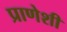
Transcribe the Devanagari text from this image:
प्राणेशी